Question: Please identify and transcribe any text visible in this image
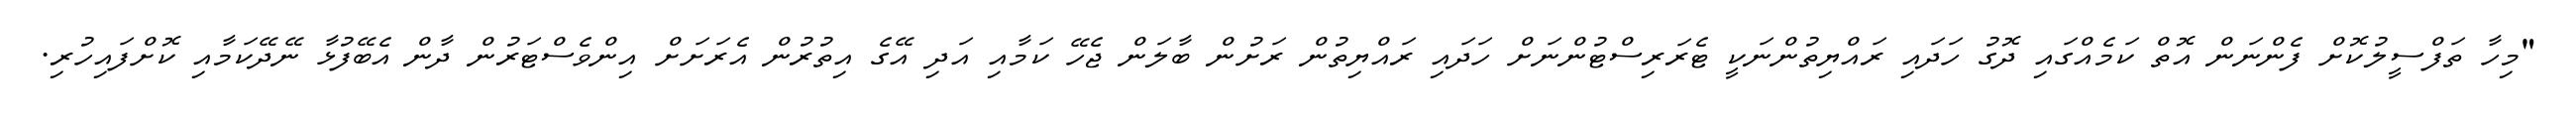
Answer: "މިހާ ތަފްސީލުކޮށް ފެންނަން އޮތް ކަމެއްގައި ދޮގު ހަދައި ރައްޔިތުންނަކީ ޓެރަރިސްޓުންނަށް ހަދައި ރައްޔިތުން ރަށުން ބާލަން ޖެހޭ ކަމާއި އަދި އޭގެ އިތުރުން އެރަށަށް އިންވެސްޓަރުން ދާން އެބޭފުޅާ ނޭދޭކަމާއި ކޮށްފައިހުރި.